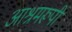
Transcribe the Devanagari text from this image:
आश्रमरूपी